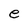
Character: e